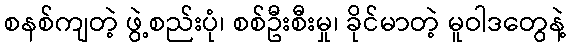
စနစ်ကျတဲ့ ဖွဲ့စည်းပုံ၊ စစ်ဦးစီးမှု၊ ခိုင်မာတဲ့ မူဝါဒတွေနဲ့